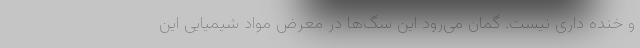
و خنده داری نیست. گمان می‌رود این سگ‌ها در معرض مواد شیمیایی این